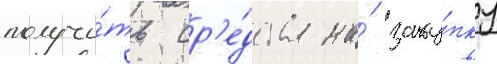
получи́ть ср'е́дства на́ заку́пку